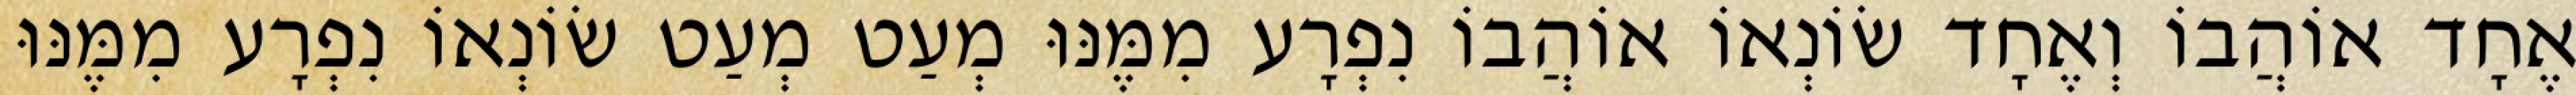
אֶחָד אוֹהֲבוֹ וְאֶחָד שׂוֹנְאוֹ אוֹהֲבוֹ נִפְרָע מִמֶּנּוּ מְעַט מְעַט שׂוֹנְאוֹ נִפְרָע מִמֶּנּוּ